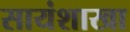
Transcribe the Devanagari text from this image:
सायंशाखा